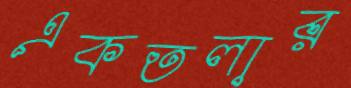
একতলার